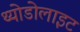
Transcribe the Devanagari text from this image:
थ्योडोलाइट